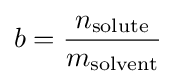
b={\frac {n_{\mathrm {solute} }}{m_{\mathrm {solvent} }}}